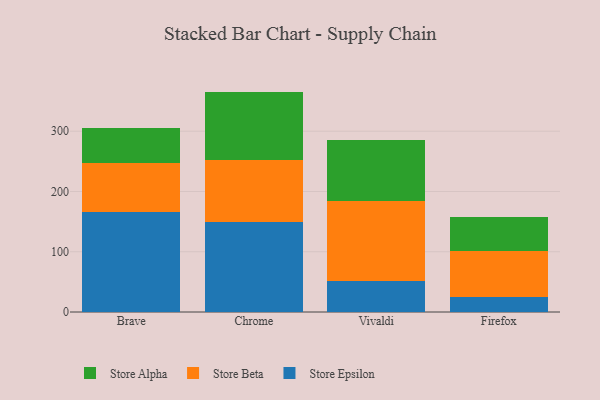
{"axis": {"x": "Browser", "y": "Humidity (%)"}, "legend": ["Store Alpha", "Store Beta", "Store Epsilon"], "data": [{"x": "Brave", "y": 166.2, "type": "Store Epsilon"}, {"x": "Brave", "y": 80.6, "type": "Store Beta"}, {"x": "Brave", "y": 59.2, "type": "Store Alpha"}, {"x": "Chrome", "y": 149.8, "type": "Store Epsilon"}, {"x": "Chrome", "y": 101.9, "type": "Store Beta"}, {"x": "Chrome", "y": 114.0, "type": "Store Alpha"}, {"x": "Vivaldi", "y": 51.9, "type": "Store Epsilon"}, {"x": "Vivaldi", "y": 132.7, "type": "Store Beta"}, {"x": "Vivaldi", "y": 100.5, "type": "Store Alpha"}, {"x": "Firefox", "y": 24.3, "type": "Store Epsilon"}, {"x": "Firefox", "y": 76.1, "type": "Store Beta"}, {"x": "Firefox", "y": 58.0, "type": "Store Alpha"}]}